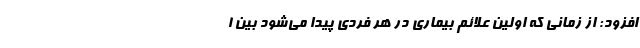
افزود: از زمانی که اولین علائم بیماری در هر فردی پیدا می‌شود بین ۱